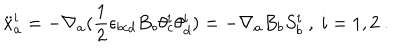
LaTeX: { \ddot { x } } _ { a } ^ { i } = - \nabla _ { a } ( \frac { 1 } { 2 } \epsilon _ { b c d } B _ { b } \theta _ { c } ^ { i } \theta _ { d } ^ { i } ) = - \nabla _ { a } B _ { b } S _ { b } ^ { i } \ , \ i = 1 , 2 \ .